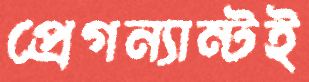
প্রেগন্যান্টই